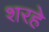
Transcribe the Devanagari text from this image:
शरहे